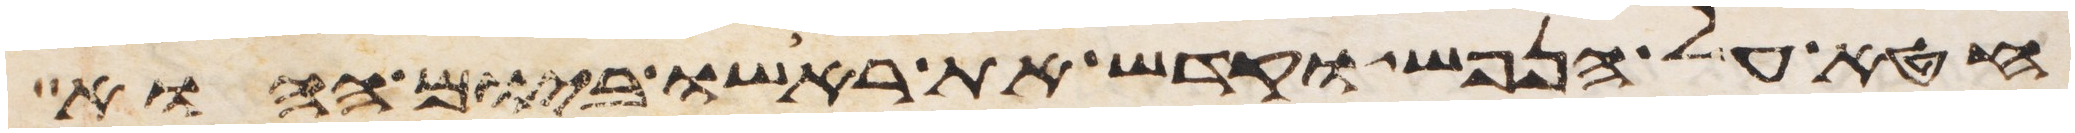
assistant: חטא על הנפש וקדש את ראשו ביום ההוא